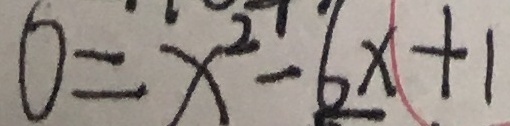
0 = x ^ { 2 } - 6 x + 1